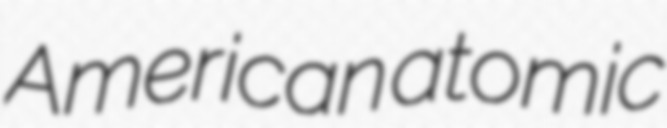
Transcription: American atomic